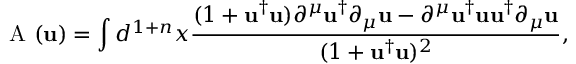
\mathrm { ~ \cal { A } ~ } ( { \mathbf { u } } ) = \int d ^ { 1 + n } x \frac { ( 1 + { \mathbf { u } } ^ { \dag } { \mathbf { u } } ) \partial ^ { \mu } { \mathbf { u } } ^ { \dag } \partial _ { \mu } { \mathbf { u } } - \partial ^ { \mu } { \mathbf { u } } ^ { \dag } { \mathbf { u } } { \mathbf { u } } ^ { \dag } \partial _ { \mu } { \mathbf { u } } } { ( 1 + { \mathbf { u } } ^ { \dag } { \mathbf { u } } ) ^ { 2 } } ,